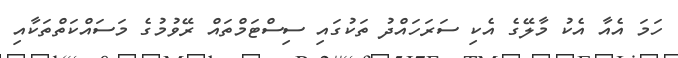
ހަމަ އެއާ އެކު މާލޭގެ އެކި ސަރަހައްދު ތަކުގައި ސިސްޓަމްތައް ރޭވުމުގެ މަސައްކަތްތަކާއި